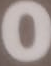
0